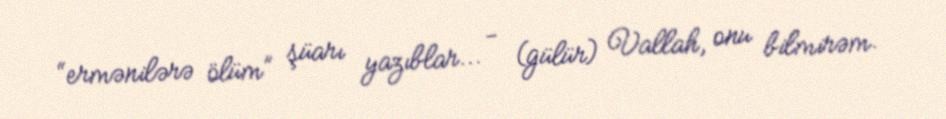
“ermənilərə ölüm” şüarı yazıblar... - (gülür) Vallah, onu bilmirəm.